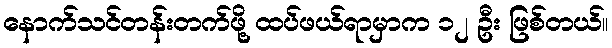
နောက်သင်တန်းတက်ဖို့ ထပ်ဖယ်ရာမှာက ၁၂ ဦး ဖြစ်တယ်။